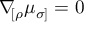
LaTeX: \nabla \! _ { [ \rho } \mu _ { \sigma ] } = 0